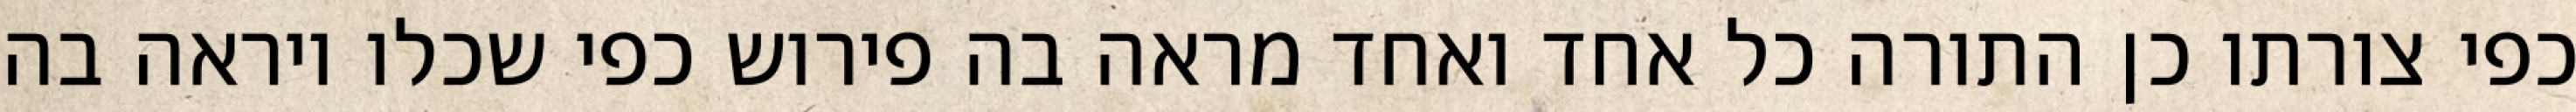
כפי צורתו כן התורה כל אחד ואחד מראה בה פירוש כפי שכלו ויראה בה